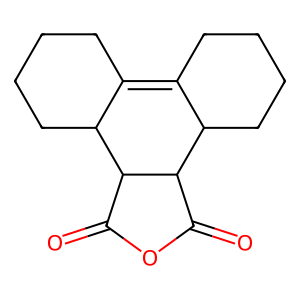
SMILES: O=C1OC(=O)C2C3CCCCC3=C3CCCCC3C12
Inhibits HIV replication: No